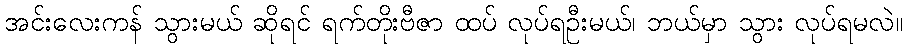
အင်းလေးကန် သွားမယ် ဆိုရင် ရက်တိုးဗီဇာ ထပ် လုပ်ရဦးမယ်၊ ဘယ်မှာ သွား လုပ်ရမလဲ။